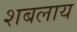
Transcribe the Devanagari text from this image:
शबलाय